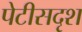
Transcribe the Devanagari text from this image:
पेटीसदृश